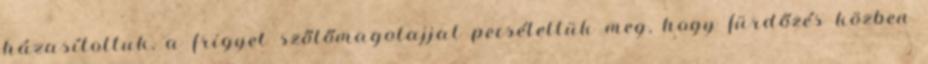
házasítottuk, a frigyet szőlőmagolajjal pecsételtük meg, hogy fürdőzés közben